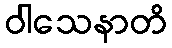
ဝါသေနာတိ